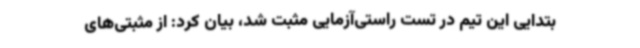
بتدایی این تیم در تست راستی‌آزمایی مثبت شد، بیان کرد: از مثبتی‌های